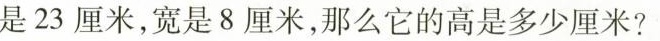
是23厘米，宽是8厘米，那么它的高是多少厘米?